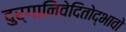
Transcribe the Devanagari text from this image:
दुर्गानिवेदितोद्भावो